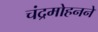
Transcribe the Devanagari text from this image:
चंद्रमोहनने